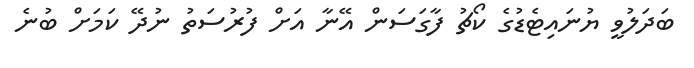
ބަދަލުވީ ޔުނައިޓެޑުގެ ކޯޗު ފާގަސަން އޭނާ އަށް ފުރުސަތު ނުދޭ ކަމަށް ބުނެ